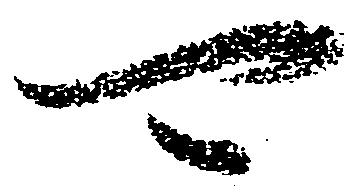
可